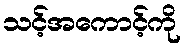
သင့်အကောင့်ကို